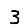
Digit: 3